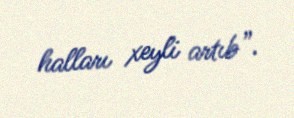
halları xeyli artıb”.